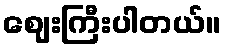
ဈေးကြီးပါတယ်။